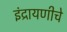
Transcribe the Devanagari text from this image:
इंद्रायणीचे